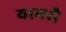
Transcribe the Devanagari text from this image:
यामरौ